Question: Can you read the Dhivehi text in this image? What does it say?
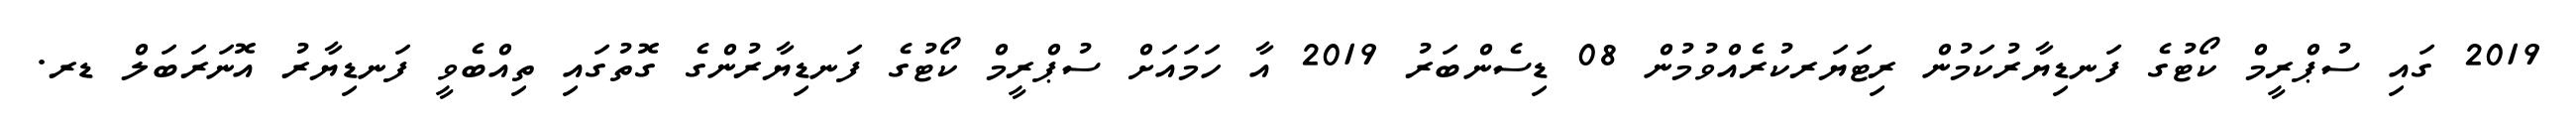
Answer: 2019 ގައި ސުޕްރީމް ކޯޓުގެ ފަނޑިޔާރުކަމުން ރިޓަޔަރކުރެއްވުމުން 08 ޑިސެންބަރު 2019 އާ ހަމައަށް ސުޕްރީމް ކޯޓުގެ ފަނޑިޔާރުންގެ ގޮތުގައި ތިއްބެވީ ފަނޑިޔާރު އޮނަރަބަލް ޑރ.